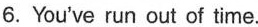
6.You've run out of time.